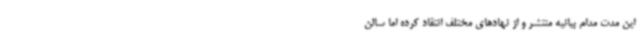
این مدت مدام بیانیه منتشر و از نهادهای مختلف انتقاد کرده اما سالن